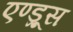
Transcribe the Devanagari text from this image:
एण्ड्रूस